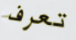
تعرف